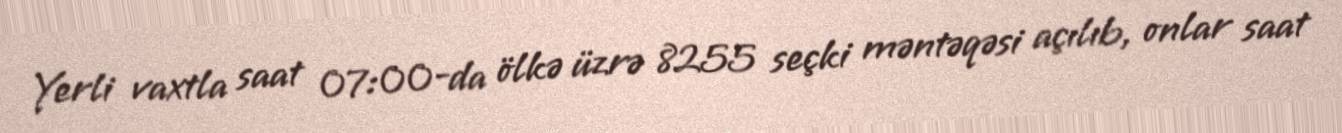
Yerli vaxtla saat 07:00-da ölkə üzrə 8255 seçki məntəqəsi açılıb, onlar saat